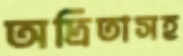
অদ্রিতাসহ